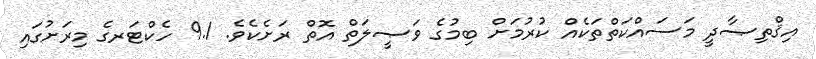
އިޤްތިޞާދީ މަސައްކަތްތަކެއް ކުރުމަށް ބިމުގެ ވަޞީލަތް އޮތް ރަށެކެވެ. 9.1 ހެކްޓަރގެ މިރަށުގައި